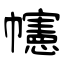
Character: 幰